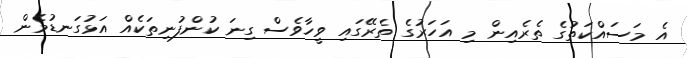
އެ މަސައްކަތުގެ ތެރެއިން މި އަހަރުގެ ތެރޭގައި ވީހާވެސް ގިނަ ކުންފުނިތަކެއް އަޅުގަނޑުމެން